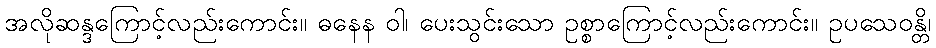
အလိုဆန္ဒကြောင့်လည်းကောင်း။ ဓနေန ဝါ၊ ပေးသွင်းသော ဥစ္စာကြောင့်လည်းကောင်း။ ဥပသေဝန္တိ၊